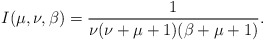
\begin{align*}I(\mu,\nu,\beta)=\frac{1}{\nu(\nu+\mu+1)(\beta+\mu+1)}.\end{align*}